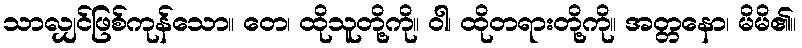
သာလျှင်ဖြစ်ကုန်သော။ တေ၊ ထိုသူတို့ကို။ ဝါ၊ ထိုတရားတို့ကို။ အတ္တနော၊ မိမိ၏။